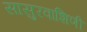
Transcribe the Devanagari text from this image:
सासुरवाशिणी